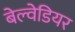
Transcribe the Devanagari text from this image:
बेल्वेडियर